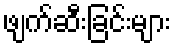
ဖျက်ဆီးခြင်းများ